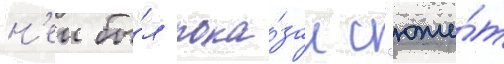
н'еи бы́л пока́зан с'юже́т